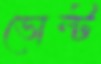
ভোল্ট